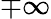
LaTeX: \mp\infty